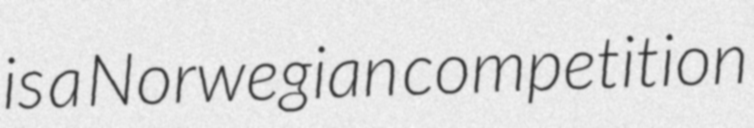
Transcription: is a Norwegian competition